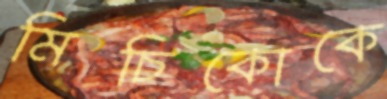
মিচিকোকে